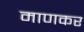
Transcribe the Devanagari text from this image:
माणकर